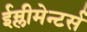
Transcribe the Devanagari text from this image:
ईम्लीमेन्टर्स